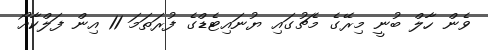
ވެން ހާލް ބުނީ މިރޭގެ މެޗުގައި ޔުނައިޓެޑްގެ ފުރަތަމަ 11 އިން ފަލްކާއޯ